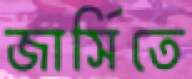
জার্সিতে